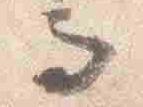
而